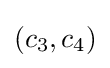
(c_{3},c_{4})